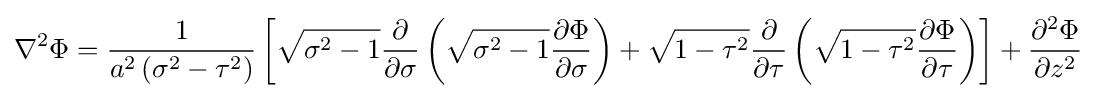
\nabla ^{2}\Phi ={\frac {1}{a^{2}\left(\sigma ^{2}-\tau ^{2}\right)}}\left[{\sqrt {\sigma ^{2}-1}}{\frac {\partial }{\partial \sigma }}\left({\sqrt {\sigma ^{2}-1}}{\frac {\partial \Phi }{\partial \sigma }}\right)+{\sqrt {1-\tau ^{2}}}{\frac {\partial }{\partial \tau }}\left({\sqrt {1-\tau ^{2}}}{\frac {\partial \Phi }{\partial \tau }}\right)\right]+{\frac {\partial ^{2}\Phi }{\partial z^{2}}}